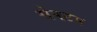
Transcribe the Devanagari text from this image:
सेपटम